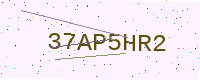
Text: 37AP5HR2